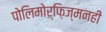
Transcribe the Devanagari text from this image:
पोलिमोर्फ़िज्मनहीं